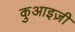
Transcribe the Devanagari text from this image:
कुआइज़ी